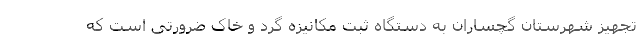
تجهیز شهرستان گچساران به دستگاه ثبت مکانیزه گرد و خاک ضرورتی است که